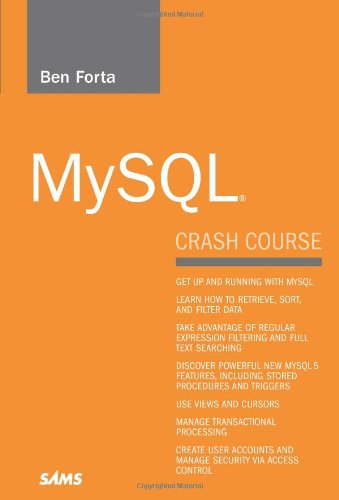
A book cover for MySQL Crash Course; Ben Forta; Computers & Technology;